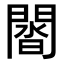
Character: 𨵝